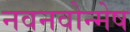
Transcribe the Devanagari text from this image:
नवनवोन्मेष